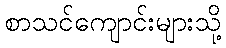
စာသင်ကျောင်းများသို့